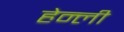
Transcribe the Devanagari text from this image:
हेन्ली